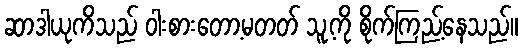
ဆာဒါယုကိသည် ဝါးစားတော့မတတ် သူ့ကို စိုက်ကြည့်နေသည်။